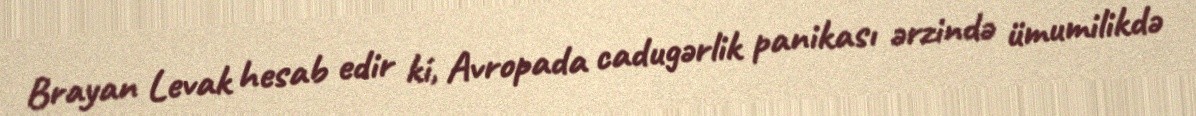
Brayan Levak hesab edir ki, Avropada cadugərlik panikası ərzində ümumilikdə